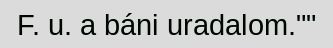
F. u. a báni uradalom.""